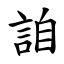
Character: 詯